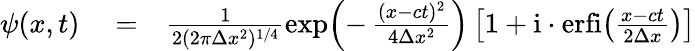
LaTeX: \begin{array}{rlr}{\psi(x,t)}&{{}=}&{\frac{1}{2(2\pi\Delta x^{2})^{1/4}}\exp\! \left(-\, \frac{(x-ct)^{2}}{4\Delta x^{2}}\right)\left[1+\mathrm{i}\cdot\mathrm{erfi}\! \left(\frac{x-ct}{2\Delta x}\right)\right]}\end{array}